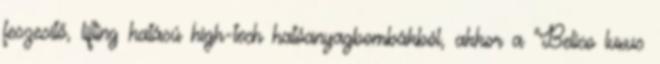
feszesítő, lifting hatású high-tech hatóanyagbombákból, akkor a “Belico luxus